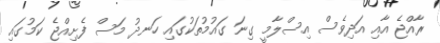
ރާއްޖެ އާއި އަދިވެސް އިސްލާމީ ގިނަ ގައުމުތަކުގައި ހަނދު މަސް ފެށިއްޖެ ކަމުގައި